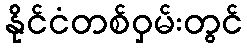
နိုင်ငံတစ်ဝှမ်းတွင်